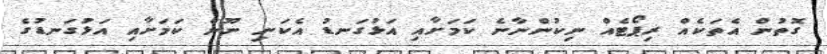
ގޮތުން އެތަކެއް ރިޕޯޓެއް ނިކުންނާނެ ކަމަށާއި އަޅުގަނޑު އެކަނި ނޫން ކަމަށާއި އަޅުގަނޑުގެ